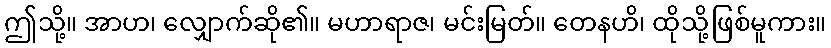
ဤသို့။ အာဟ၊ လျှောက်ဆို၏။ မဟာရာဇ၊ မင်းမြတ်။ တေနဟိ၊ ထိုသို့ဖြစ်မူကား။